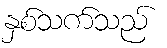
နှစ်သက်သည်